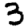
Digit: 3